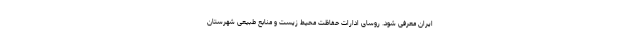
ایران معرفی شود. روسای ادارات حفاظت محیط زیست و منابع طبیعی شهرستان